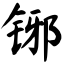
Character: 铘